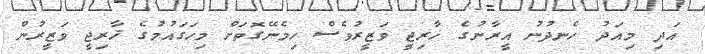
އަދި މިއަދު ހެނދުނު އީރާނުގެ ޚާރިޖީ ވަޒީރުވެސް ހިމެނޭގޮތަށް މިހަގައުމުގެ ޚާރިޖީ ވަޒީރުން